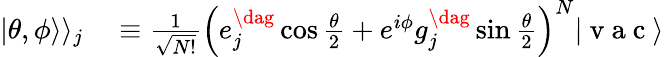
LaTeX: \begin{array}{rl}{|\theta,\phi\rangle\rangle_{j}}&{{}\equiv\frac{1}{\sqrt{N!}}\left(e_{j}^{\dag}\cos\frac{\theta}{2}+e^{i\phi}g_{j}^{\dag}\sin\frac{\theta}{2}\right)^{N}|\mathrm{~v~a~c~}\rangle}\end{array}